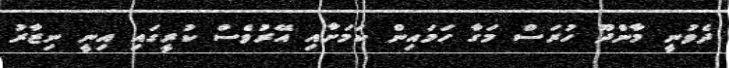
ދެވުނީ މާންދޫ ހުރަސް މަގާ ހަމައިން ކަމަށާއި އޭރުވެސް ކުރީގައި އިނީ ނިޒާރު